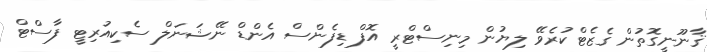
ޤާނޫނީގޮތުން ގެޒެޓްކުރެވޭ ލިޔުން މިނިސްޓްރީ އޮފް ޑިފެންސް އެންޑް ނޭޝަނަލް ސެކިއުރިޓީ ފާސްޓް